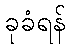
ခုခံရန်